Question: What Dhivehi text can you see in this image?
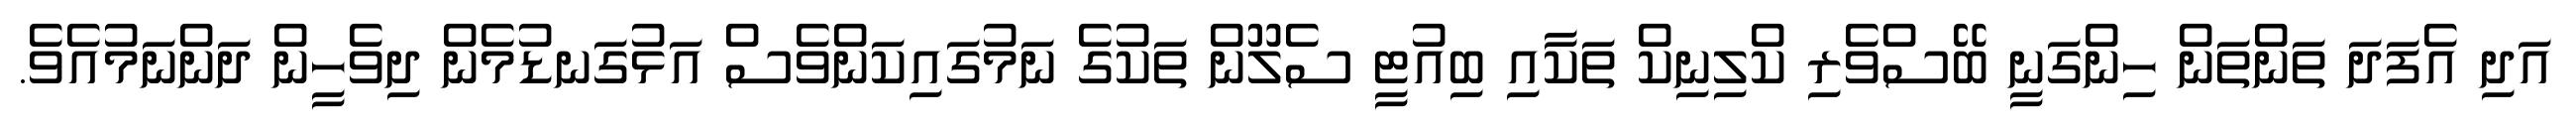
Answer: އަދި އެފަދަ ތަންތަން ހިންގަނީ ބޭސްވެރި ކްލިނިކް ތަކާއި ބިއުޓީ ސެލޫން ތަކުގެ ނަމުގައިކަންވެސް އަޅުގަނޑުމެން ދިވެހީން ދަންނަމުއެވެ.